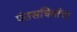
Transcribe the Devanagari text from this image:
पंतसचिवांचा